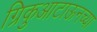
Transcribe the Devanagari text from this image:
ग्रिकुआटाऊनच्या